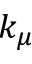
k _ { \mu }